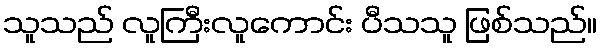
သူသည် လူကြီးလူကောင်း ပီသသူ ဖြစ်သည်။